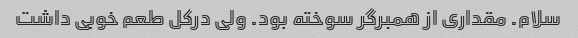
سلام. مقداری از همبرگر سوخته بود. ولی درکل طعم خوبی داشت